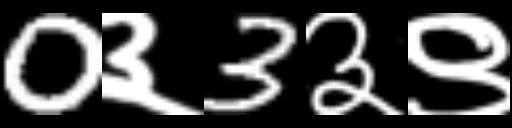
Text: 0३3३९